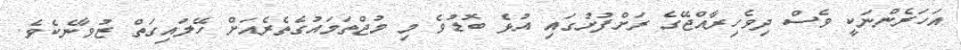
އަހަރެންނަކީ ވެސް ދިވެހިރާއްޖޭގެ ރަށްފުށުގައި އުޅެ ބޮޑުވެ މި މުޖްތަމައުގެތެރެއަށް ހޭލައިގަތް ޒުވާނެކެވެ.